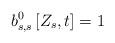
LaTeX: \begin{align*}b_{s,s}^0 \left[ Z_s,t\right] = 1\end{align*}